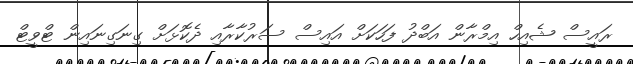
ރައީސް ޝެއިހް އިމްރާން އަބްދު ފަހަަކަށް އައިސް ސަރުކާރާއި ދެކޮޅަށް ގިނަގިނައިން ޓްވީޓް